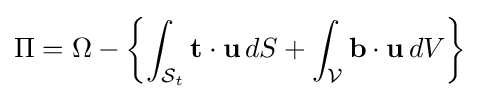
\Pi =\Omega -\left\{\int _{{\mathcal {S}}_{t}}\mathbf {t} \cdot \mathbf {u} \,dS+\int _{\mathcal {V}}\mathbf {b} \cdot \mathbf {u} \,dV\right\}